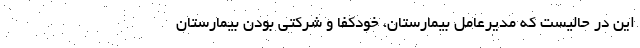
این در حالیست که مدیرعامل بیمارستان، خودکفا و شرکتی بودن بیمارستان